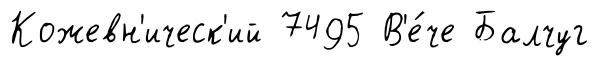
Кожевн'ическ'ий 7495 В'е́че Балчуг